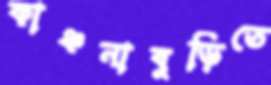
কাঞ্চনাবুড়িতে